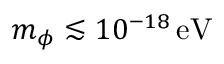
m _ { \phi } \lesssim 1 0 ^ { - 1 8 } \, \mathrm { e V }